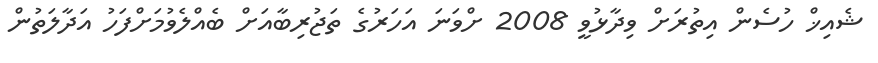
ޝެއިޚް ހުސެން އިތުރަށް ވިދާޅުވީ 2008 ށްވަނަ އަހަރުގެ ތަޖުރިބާއަށް ބެއްލެވުމަށްފަހު އަދާލަތުން